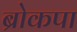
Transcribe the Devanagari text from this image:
ब्रोकपा